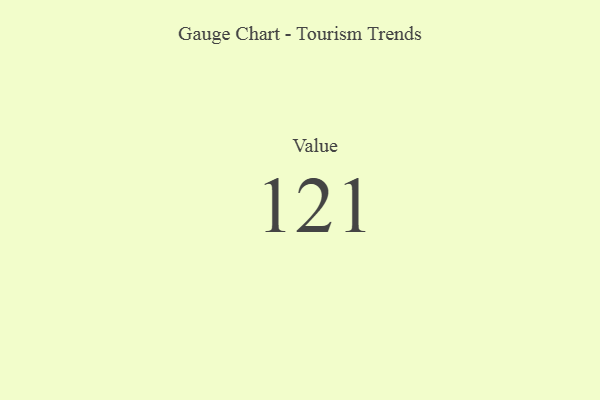
{"axis": {"x": "Metric", "y": "Value"}, "legend": [""], "data": [{"x": "Value", "y": 121, "type": ""}]}